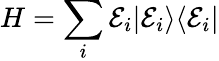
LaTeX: H=\sum_{i}\mathcal{E}_{i}|\mathcal{E}_{i}\rangle\langle\mathcal{E}_{i}|